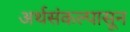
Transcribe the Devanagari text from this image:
अर्थसंकल्पासून